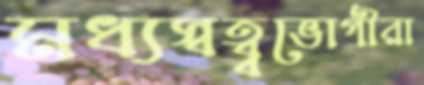
মধ্যস্বত্ব্বভোগীরা